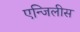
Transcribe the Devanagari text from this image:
एन्जिलीस